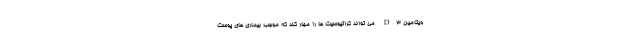
ویتامین D3 می تواند کراتیوسیت ها را مهار کند که موجب بیماری های پوست